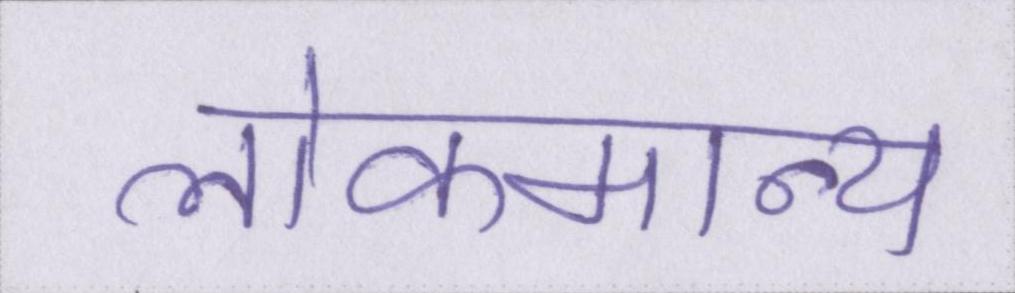
लोकमान्य